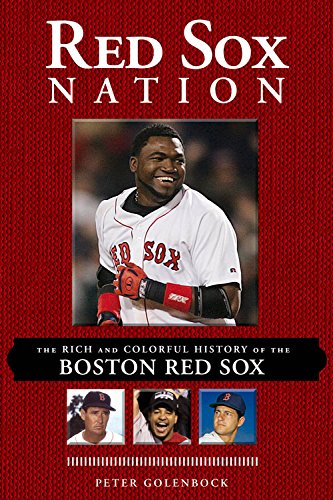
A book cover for Red Sox Nation: The Rich and Colorful History of the Boston Red Sox; Peter Golenbock; Travel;